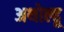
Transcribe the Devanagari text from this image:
अथोल्हू